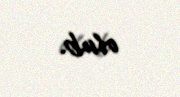
olub.